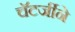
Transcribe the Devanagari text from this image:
चॅटर्जीने